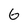
Character: G